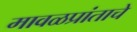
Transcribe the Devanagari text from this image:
मावळप्रांताचे